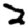
Digit: 2